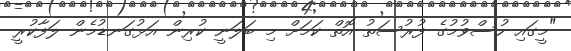
"މީގައި ހުސްވުމުގެ ފުރުސަތު އޮތް ކަމަށް މި ބަލަނީ ކުރިން އަޅުގަނޑުމެން ލަފާކުރީ